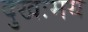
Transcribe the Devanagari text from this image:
दुखःमय